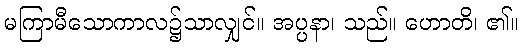
မကြာမီသောကာလ၌သာလျှင်။ အပ္ပနာ၊ သည်။ ဟောတိ၊ ၏။